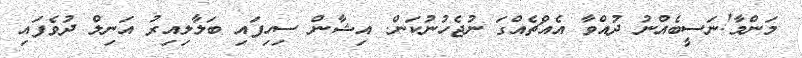
މަންމާ!ނަސީބެއްނު ދުއްވާ އެއްޗެއްގަ ނުޖެހުނުކަން. އިޝާން ސިހިފައި ބަލާލިއިރު އަނިލް ދުވެފައި